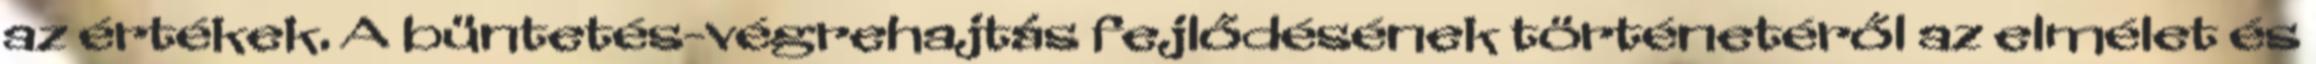
az értékek. A büntetés-végrehajtás fejlődésének történetéről az elmélet és